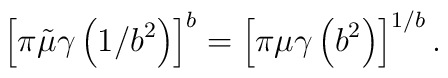
\left\lbrack \pi\tilde\mu \gamma\left(1/b^2\right)\right\rbrack^b= \left\lbrack \pi\mu \gamma\left(b^2\right)\right\rbrack^{1/b}.